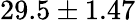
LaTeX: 29.5\pm 1.47